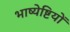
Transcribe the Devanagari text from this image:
भाष्येष्टियों